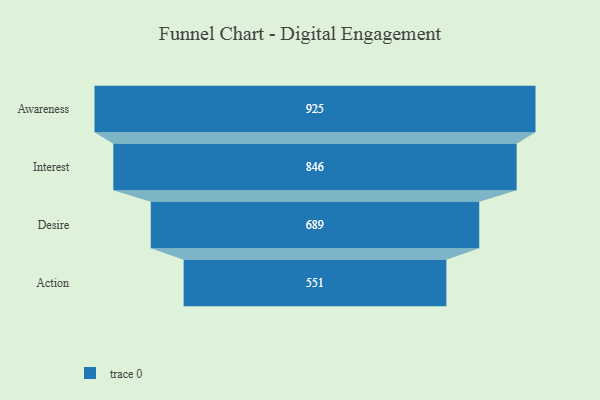
{"axis": {"x": "Stage", "y": "Value"}, "legend": [""], "data": [{"x": "Awareness", "y": 925.0, "type": ""}, {"x": "Interest", "y": 846.0, "type": ""}, {"x": "Desire", "y": 689.0, "type": ""}, {"x": "Action", "y": 551.0, "type": ""}]}